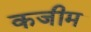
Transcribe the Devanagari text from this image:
कजीम